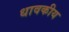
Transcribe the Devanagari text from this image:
धावकीय